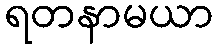
ရတနာမယာ